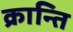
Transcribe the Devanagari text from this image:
क्रान्‍ति